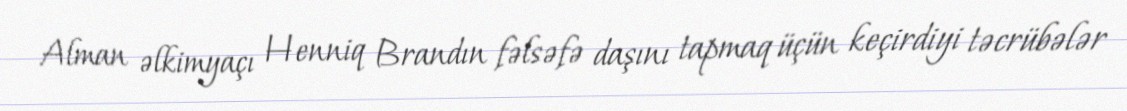
Alman əlkimyaçı Henniq Brandın fəlsəfə daşını tapmaq üçün keçirdiyi təcrübələr